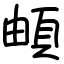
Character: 頔